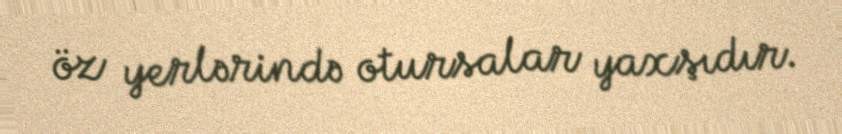
öz yerlərində otursalar yaxşıdır.